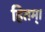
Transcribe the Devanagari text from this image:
हितम्।